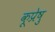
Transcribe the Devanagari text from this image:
कूप्रेषु